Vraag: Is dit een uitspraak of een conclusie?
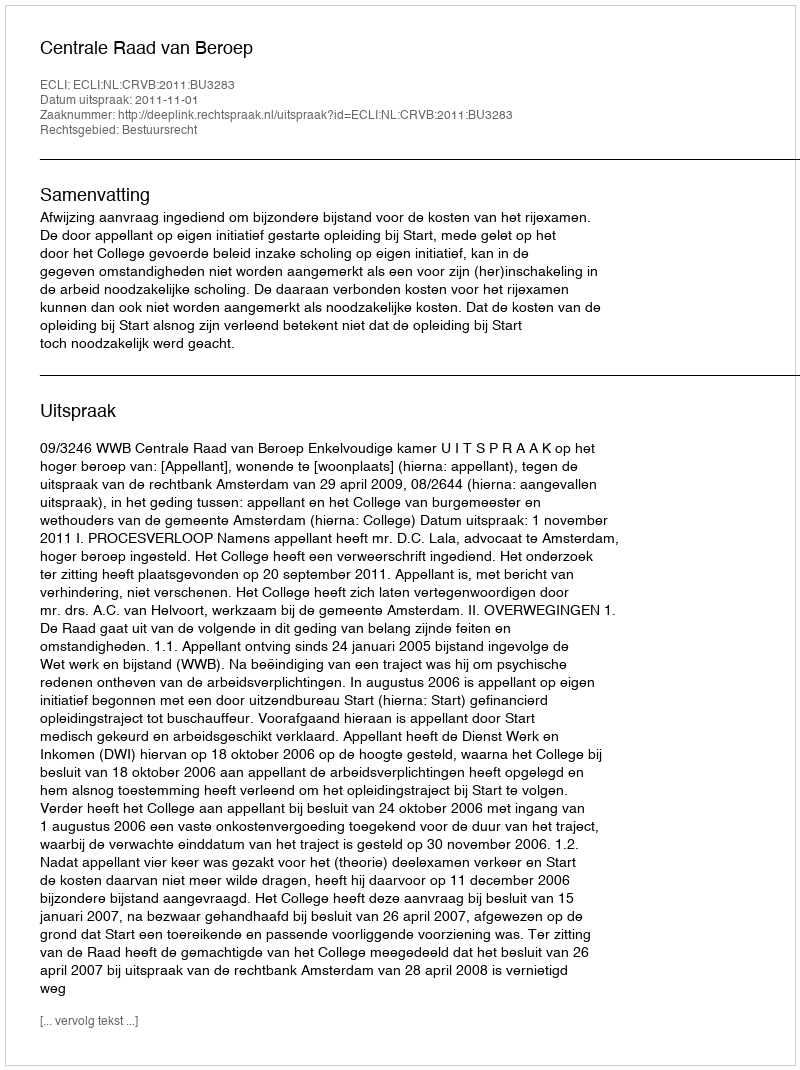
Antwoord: Uitspraak